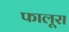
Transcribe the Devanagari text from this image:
फालूरा